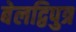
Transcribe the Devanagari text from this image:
बेलद्विपुत्र